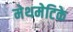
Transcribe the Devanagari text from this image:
मेथमेटिके